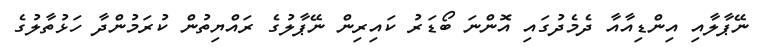
ނޭޕާލާއި އިންޑިއާއާ ދެމެދުގައި އޮންނަ ބޯޑަރު ކައިރިން ނޭޕާލުގެ ރައްޔިތުން ކުރަމުންދާ ހަޅުތާލުގެ